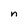
Character: n